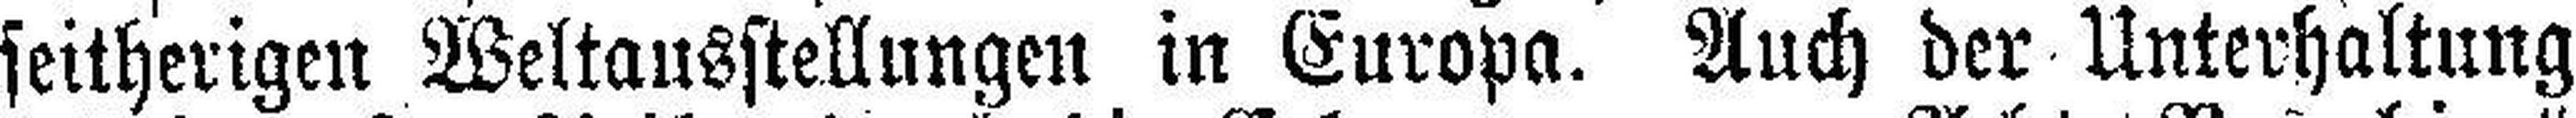
seitherigen Weltausstellungen in Europa. Auch der Unterhaltung